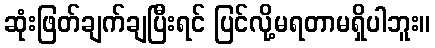
ဆုံးဖြတ်ချက်ချပြီးရင် ပြင်လို့မရတာမရှိပါဘူး။